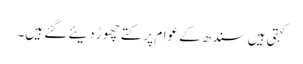
کہتی ہیں سندھ کے عوام پر کتے چھوڑ دیئے گئے ہیں۔